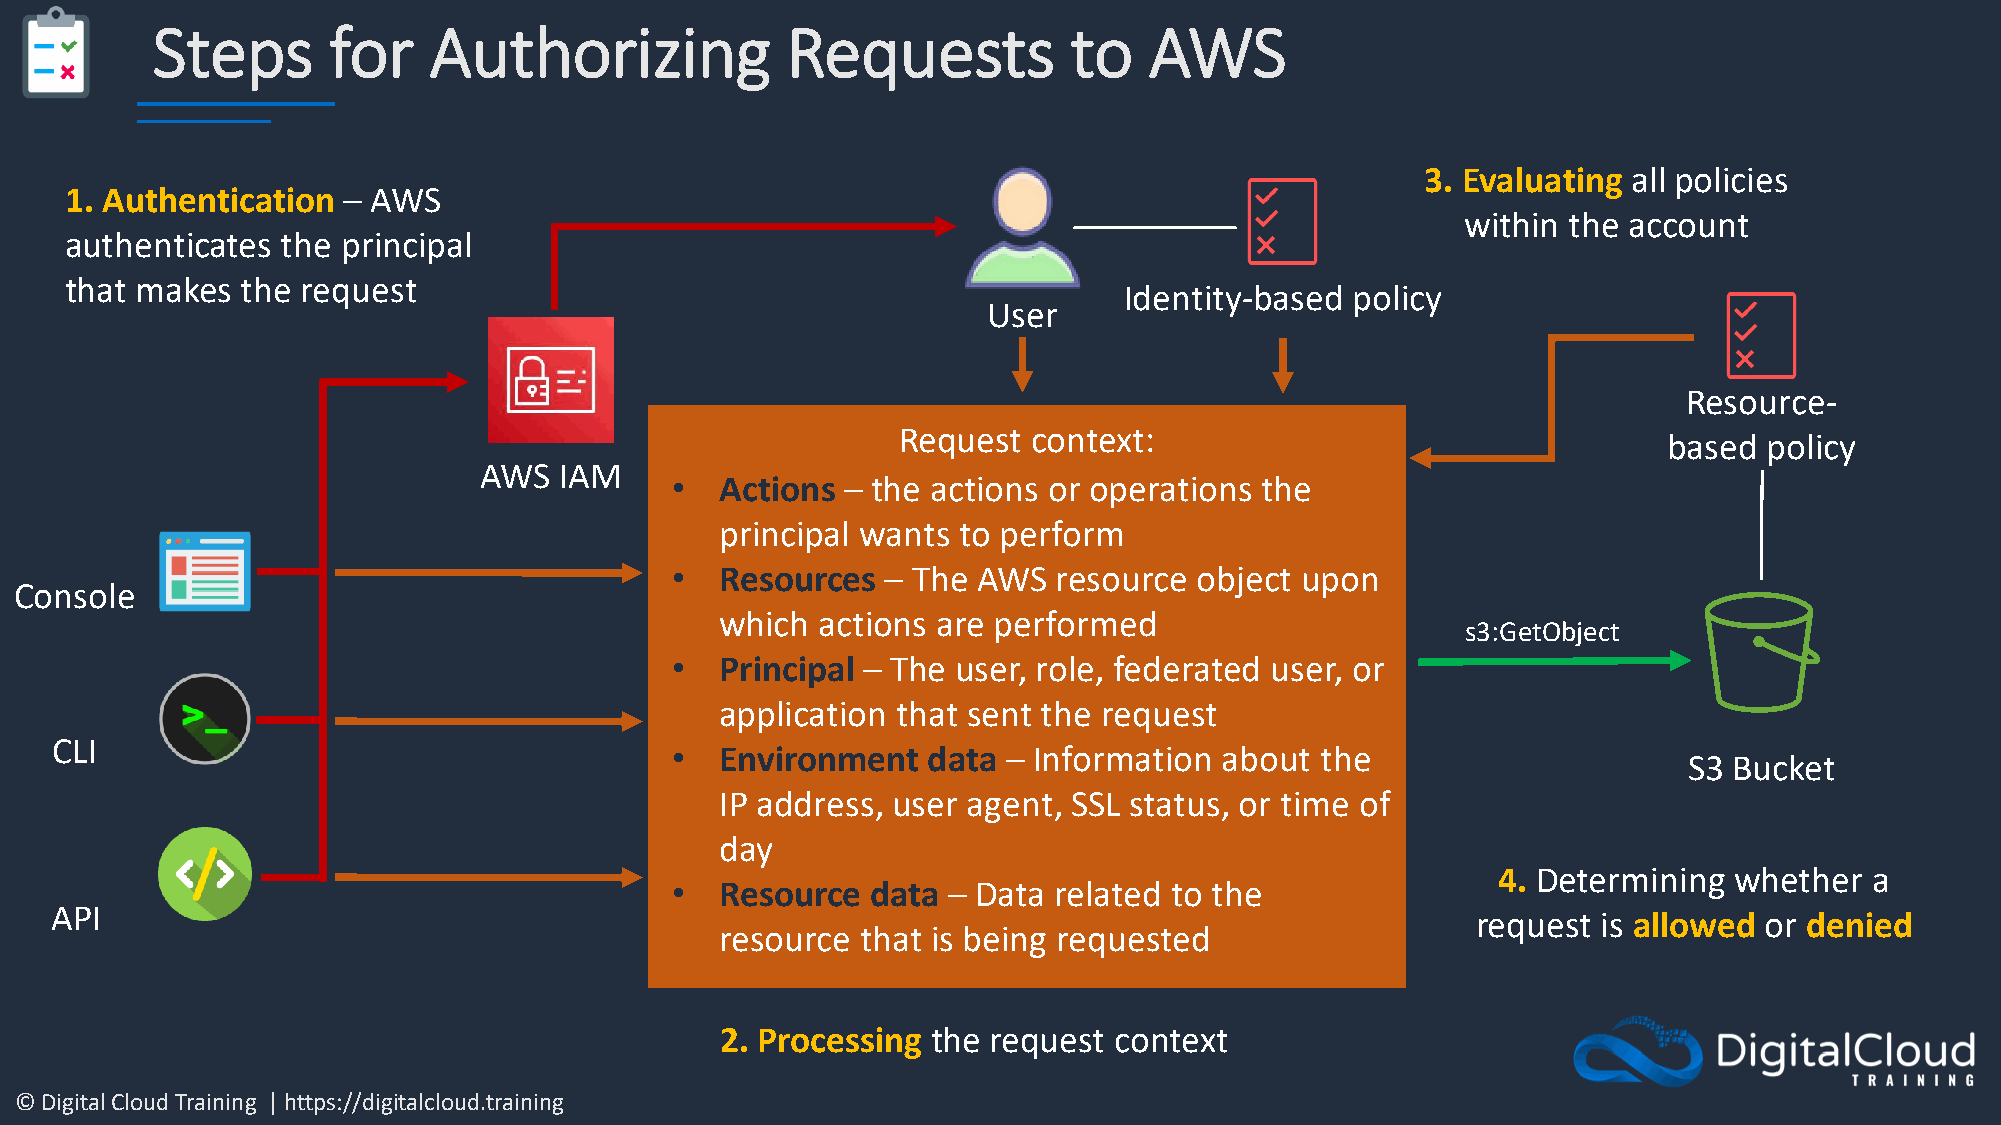
Steps       for   Authorizing             Requests           to   AWS
 3. Evaluating all policies
 1. Authentication  – AWS
 within the account
 authenticates  the principal
 that makes  the request
 Identity-based  policy
 User
 Resource-
 Request context:
 based  policy
 AWS  IAM
 •   Actions – the actions or operations the
 principal wants to perform
 •   Resources  – The AWS  resource object upon
 Console
 which actions are performed
 s3:GetObject
 •   Principal – The user, role, federated user, or
 application that sent the request
 CLI
 •   Environment  data  – Information about the
 S3 Bucket
 IP address, user agent, SSL status, or time of
 day
 4. Determining  whether  a
 •   Resource  data – Data related to the
 API
 request is allowed or denied
 resource that is being requested
 2. Processing the request context
 © Digital Cloud Training | https://digitalcloud.training